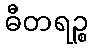
ဓီတရဉ္စ